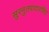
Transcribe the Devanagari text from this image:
सुरनुतपादारविंद